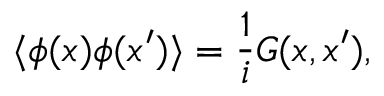
\langle \phi ( x ) \phi ( x ^ { \prime } ) \rangle = { \frac { 1 } { i } } G ( x , x ^ { \prime } ) ,